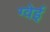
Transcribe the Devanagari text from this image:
ग्वेई